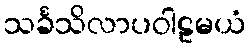
သင်္ခသိလာပဝါဠမယံ